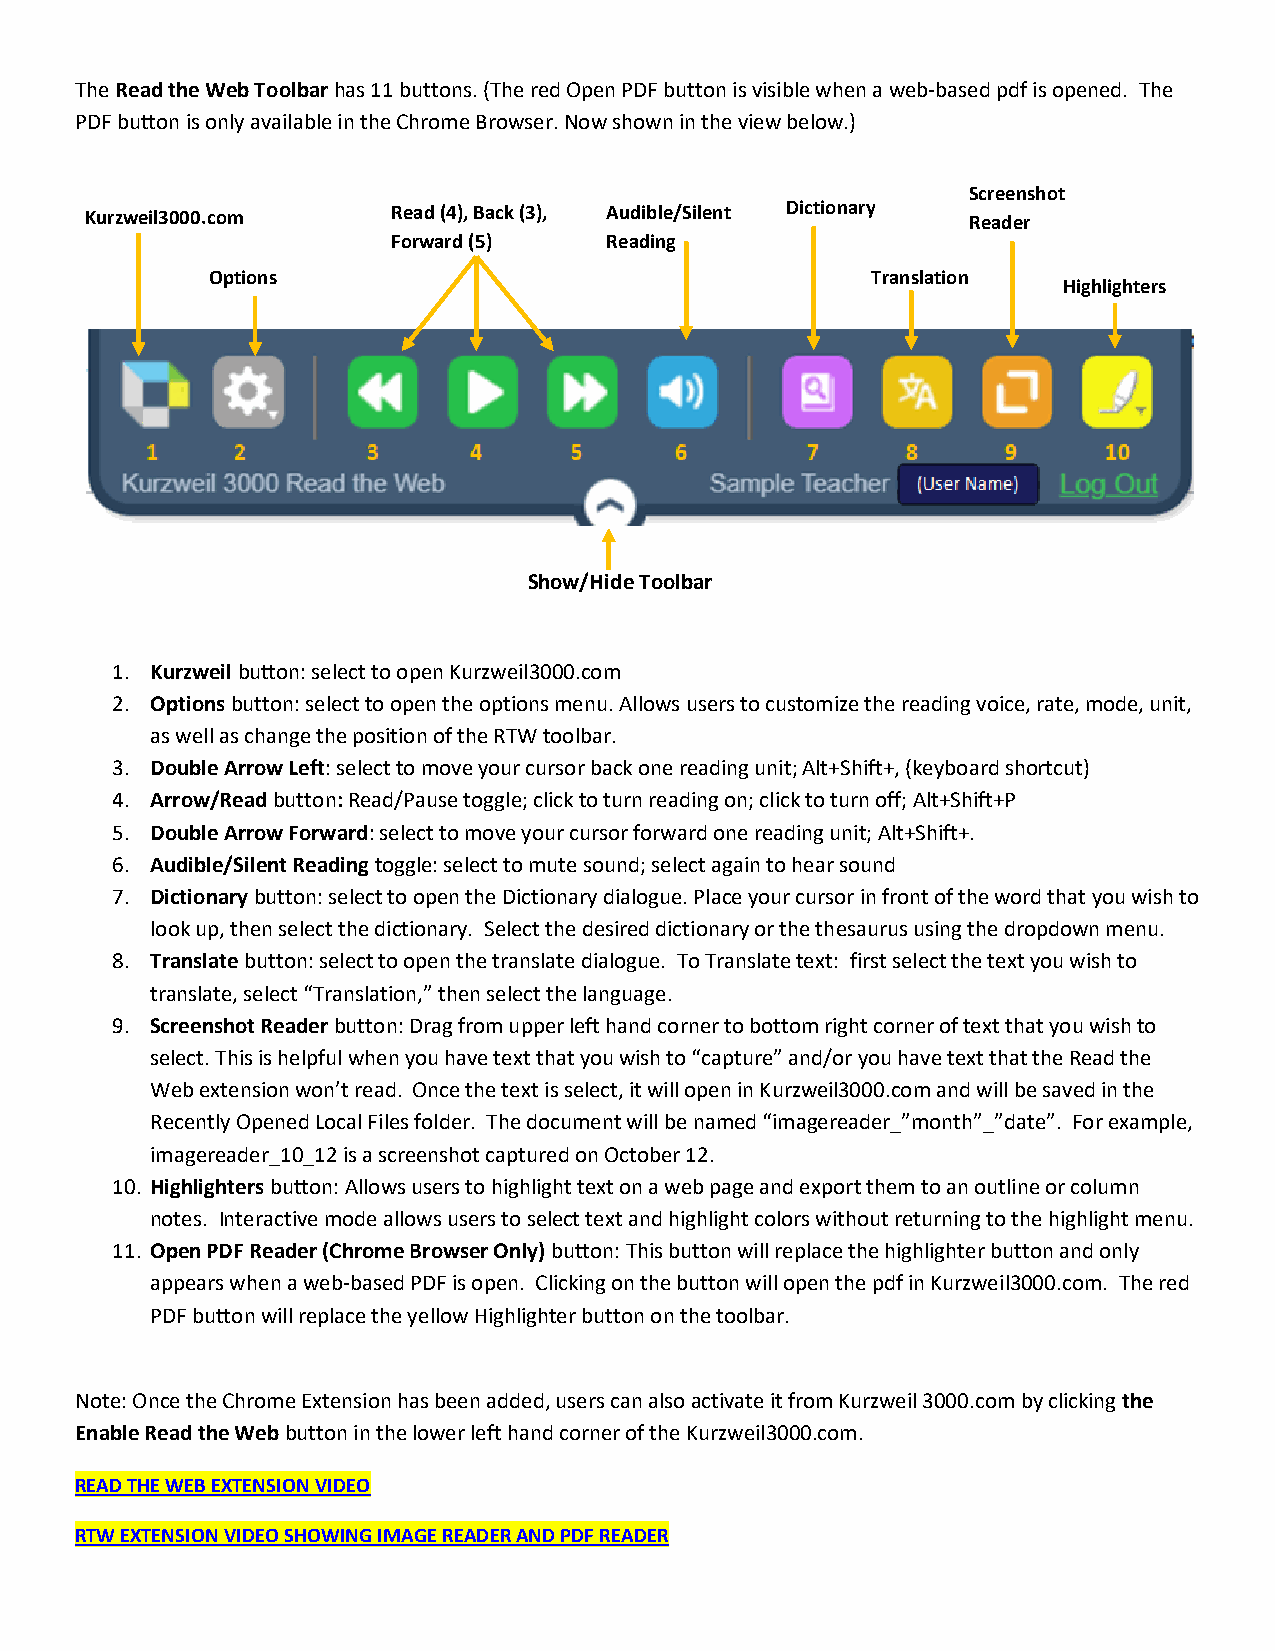
The Read the Web Toolbar has 11 buttons. (The red Open PDF button is visible when a web-based pdf is opened. The
 PDF button is only available in the Chrome Browser. Now shown in the view below.)
 Screenshot
 Kurzweil3000.com    Read (4), Back (3), Audible/Silent Dictionary Reader
 Forward (5)   Reading
 Options                                     Translation
 Highlighters
 Show/Hide Toolbar
 1. Kurzweil button: select to open Kurzweil3000.com
 2. Options button: select to open the options menu. Allows users to customize the reading voice, rate, mode, unit,
 as well as change the position of the RTW toolbar.
 3. Double Arrow Left: select to move your cursor back one reading unit; Alt+Shift+, (keyboard shortcut)
 4. Arrow/Read button: Read/Pause toggle; click to turn reading on; click to turn off; Alt+Shift+P
 5. Double Arrow Forward: select to move your cursor forward one reading unit; Alt+Shift+.
 6. Audible/Silent Reading toggle: select to mute sound; select again to hear sound
 7. Dictionary button: select to open the Dictionary dialogue. Place your cursor in front of the word that you wish to
 look up, then select the dictionary. Select the desired dictionary or the thesaurus using the dropdown menu.
 8. Translate button: select to open the translate dialogue. To Translate text: first select the text you wish to
 translate, select “Translation,” then select the language.
 9. Screenshot Reader button: Drag from upper left hand corner to bottom right corner of text that you wish to
 select. This is helpful when you have text that you wish to “capture” and/or you have text that the Read the
 Web extension won’t read. Once the text is select, it will open in Kurzweil3000.com and will be saved in the
 Recently Opened Local Files folder. The document will be named “imagereader_”month”_”date”. For example,
 imagereader_10_12 is a screenshot captured on October 12.
 10. Highlighters button: Allows users to highlight text on a web page and export them to an outline or column
 notes. Interactive mode allows users to select text and highlight colors without returning to the highlight menu.
 11. Open PDF Reader (Chrome Browser Only) button: This button will replace the highlighter button and only
 appears when a web-based PDF is open. Clicking on the button will open the pdf in Kurzweil3000.com. The red
 PDF button will replace the yellow Highlighter button on the toolbar.
 Note: Once the Chrome Extension has been added, users can also activate it from Kurzweil 3000.com by clicking the
 Enable Read the Web button in the lower left hand corner of the Kurzweil3000.com.
 READ THE WEB EXTENSION VIDEO
 RTW EXTENSION VIDEO SHOWING IMAGE READER AND PDF READER